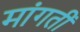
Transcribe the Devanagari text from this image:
मांगतीं